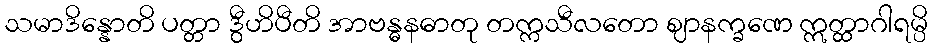
သမာဒိန္နောတိ ပတ္တာ ဒွီဟိပီတိ အာဗန္ဓနဓာတု တက္ကသီလတော ဈာနက္ခဏေ ဣတ္ထာဂါရမ္ပိ